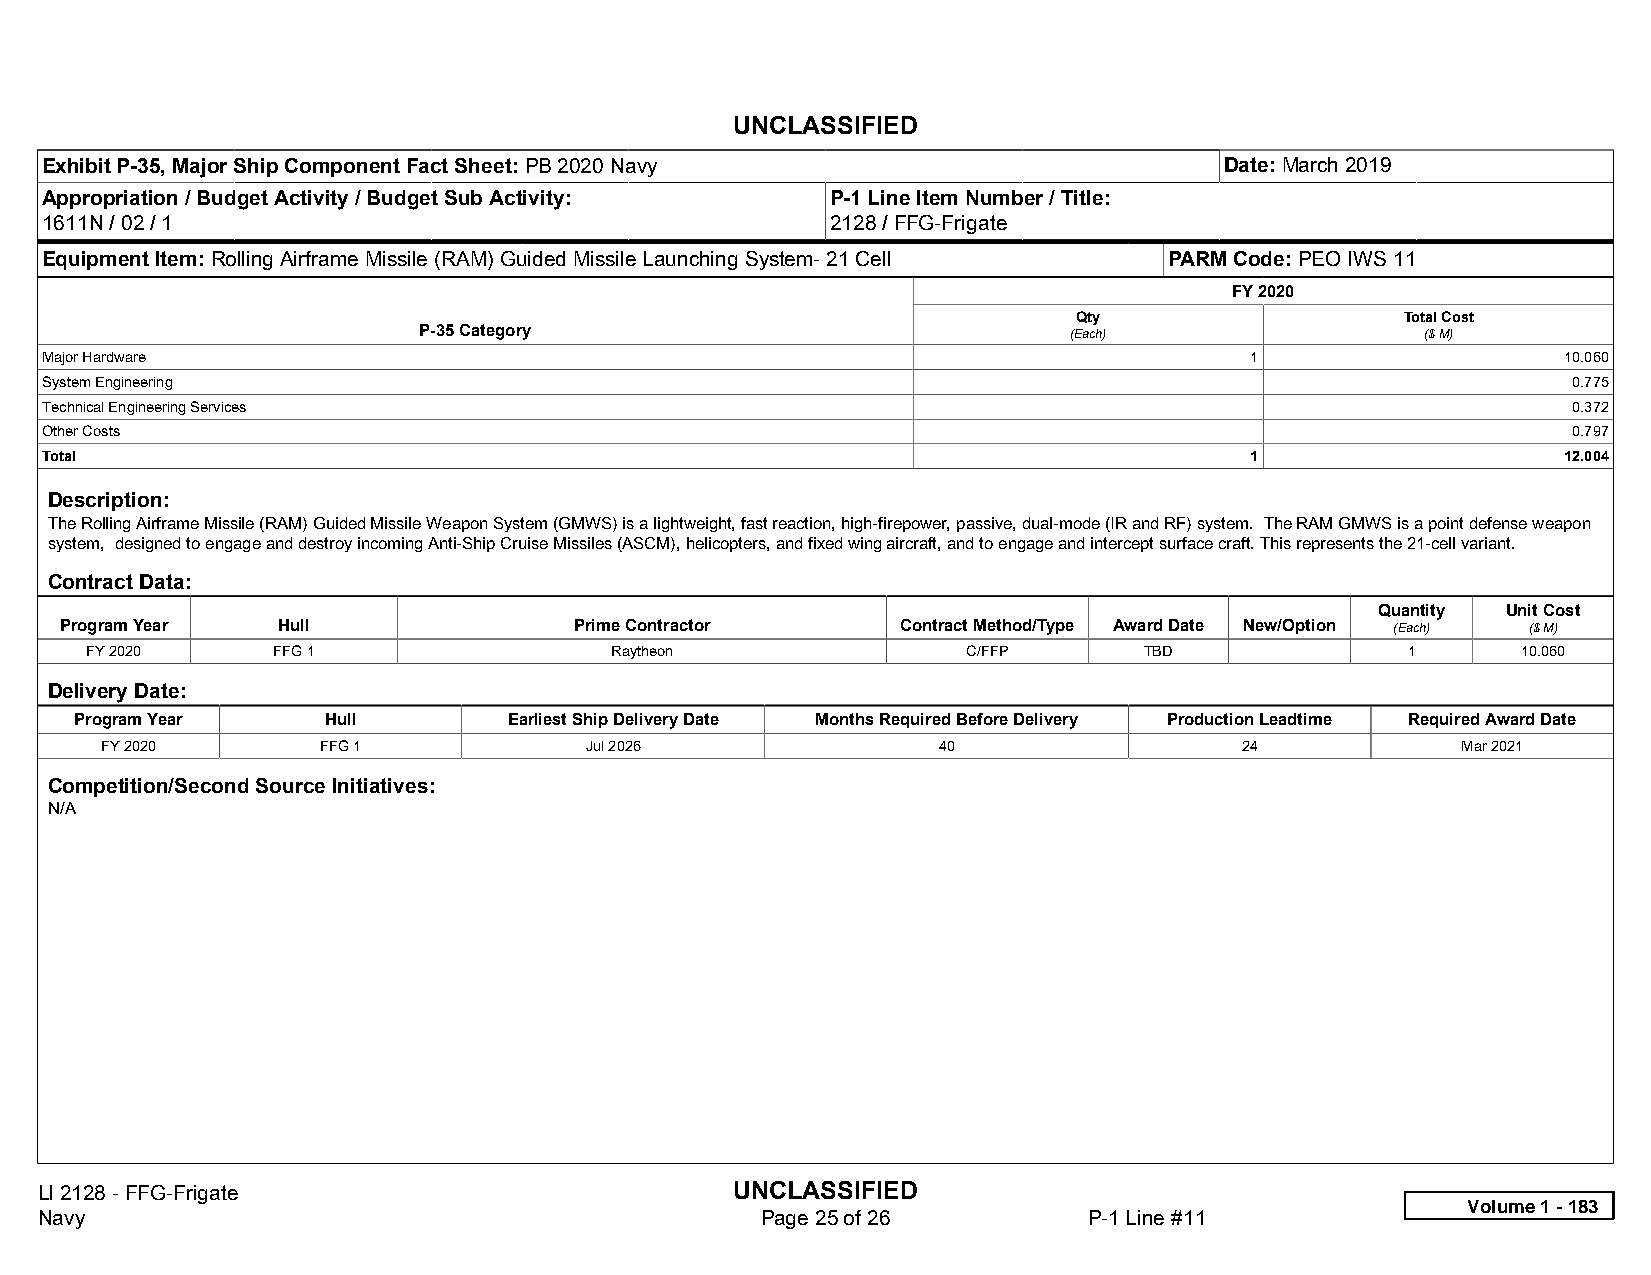
UNCLASSIFIED
 Exhibit P-35, Major Ship Component Fact Sheet: PB 2020 Navy                   Date: March 2019
 Appropriation / Budget Activity / Budget Sub Activity: P-1 Line Item Number / Title:
 1611N / 02 / 1                                      2128 / FFG-Frigate
 Equipment Item: Rolling Airframe Missile (RAM) Guided Missile Launching System- 21 Cell PARM Code: PEO IWS 11
 FY 2020
 Qty                   Total Cost
 P-35 Category                              (Each)                 ($ M)
 Major Hardware                                                                  1                   10.060
 System Engineering                                                                                   0.775
 Technical Engineering Services                                                                       0.372
 Other Costs                                                                                          0.797
 Total                                                                           1                   12.004
 Description:
 The Rolling Airframe Missile (RAM) Guided Missile Weapon System (GMWS) is a lightweight, fast reaction, high-firepower, passive, dual-mode (IR and RF) system. The RAM GMWS is a point defense weapon
 system, designed to engage and destroy incoming Anti-Ship Cruise Missiles (ASCM), helicopters, and fixed wing aircraft, and to engage and intercept surface craft. This represents the 21-cell variant.
 Contract Data:
 Quantity Unit Cost
 Program Year  Hull                Prime Contractor      Contract Method/Type Award Date New/Option (Each) ($ M)
 FY 2020     FFG 1                 Raytheon                C/FFP       TBD              1       10.060
 Delivery Date:
 Program Year    Hull         Earliest Ship Delivery Date Months Required Before Delivery Production Leadtime Required Award Date
 FY 2020       FFG 1             Jul 2026               40                  24             Mar 2021
 Competition/Second Source Initiatives:
 N/A
 LI 2128 - FFG-Frigate                          UNCLASSIFIED
 Volume 1 - 183
 Navy                                            Page 25 of 26         P-1 Line #11